Indian journal of veterinary science and animal husbandry - Volume 3,
Year: 1933
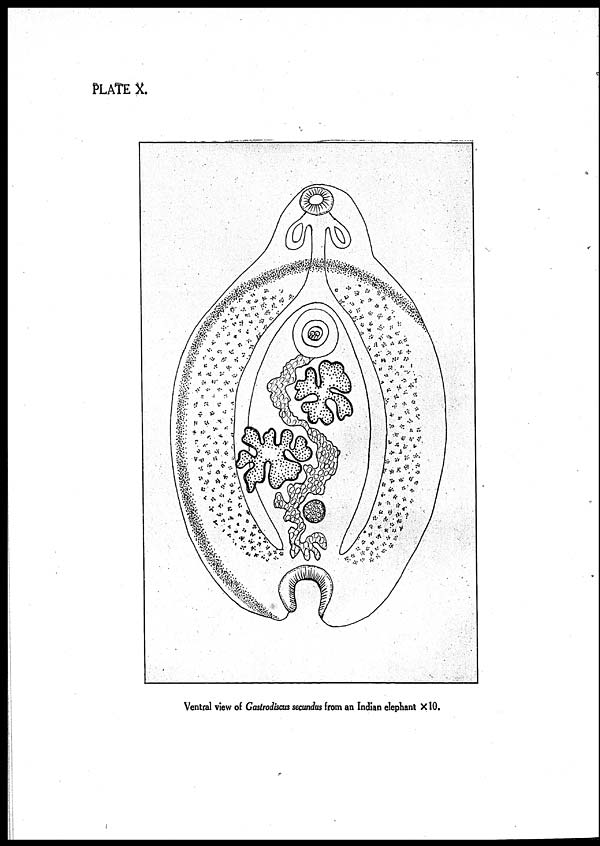
PLATE X.
Ventral view of Gastrodiscus secundus from an Indian elephant × 10.